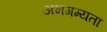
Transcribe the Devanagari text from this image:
अभगम्यता